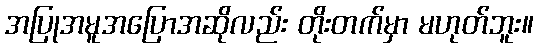
အပြုအမူအပြောအဆိုလည်း တိုးတက်မှာ မဟုတ်ဘူး။